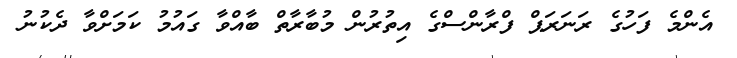
އެންމެ ފަހުގެ ރަނަރަޕް ފްރާންސްގެ އިތުރުން މުބާރާތް ބާއްވާ ގައުމު ކަމަށްވާ ދެކުނު